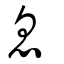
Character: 息